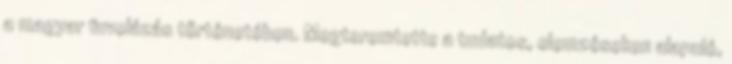
a magyar fuvolázás történetében. Megteremtette a tudatos, elemzéseken alapuló,